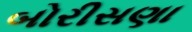
બોરીસણા